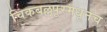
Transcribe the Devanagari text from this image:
चिकबल्लपूरमधूनच